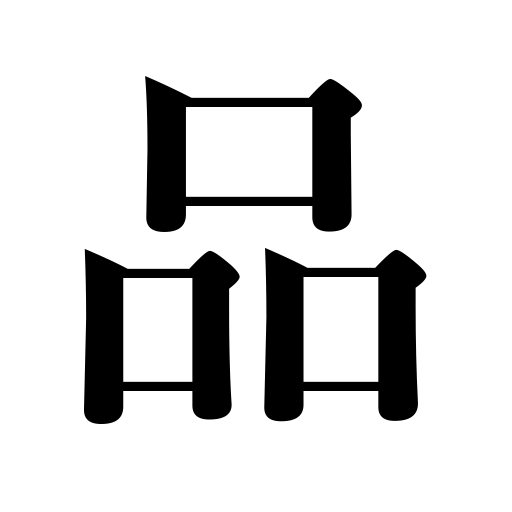
Meanings: type,dignity,thing,quality,goods,kind,ways,article,brand,character,conditions,refinement